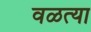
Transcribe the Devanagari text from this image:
वळत्या